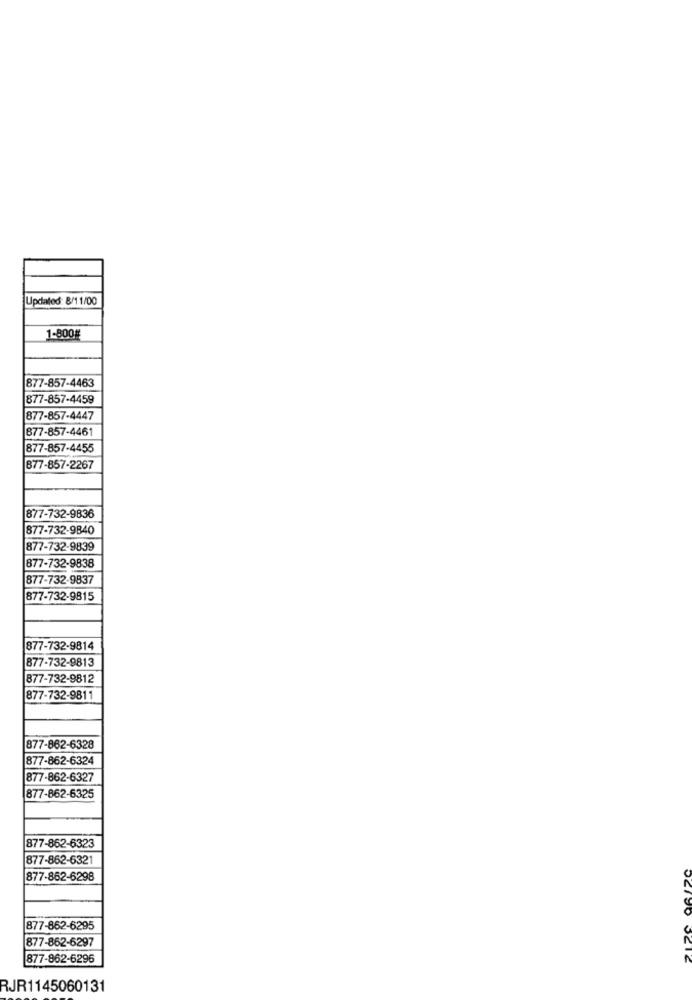
Updated: 8/11/00
1-800
877-857-4463
877-857-4459
877-857-4447
877-857-4461
877-857-4455
877-857-2267
877-732-9836
877-732-9840
877-732-9839
877-732-9838
877-732-9837
877-732-9815
877-732-9814
877-732-9813
877-732-9812
877-732-9811
877-862-6328
877-862-6324
877-862-6327
877-862-6325
877-862-6323
877-862-6321
877-862-6298
877-862-6295
877-862-6297
877-862-6296
RJR1145060131